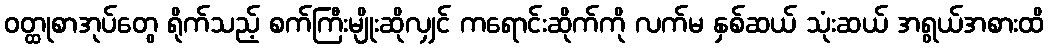
ဝတ္ထုစာအုပ်တွေ ရိုက်သည့် စက်ကြီးမျိုးဆိုလျှင် ကရောင်းဆိုက်ကို လက်မ နှစ်ဆယ် သုံးဆယ် အရွယ်အစားထိ